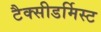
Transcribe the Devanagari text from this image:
टैक्सीडर्मिस्ट